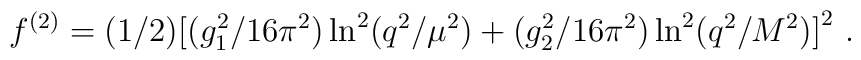
f^{(2)} = (1/2)\big[(g_1^2/16 \pi^2) \ln^2(q^2/ \mu^2) + (g_2^2/16 \pi^2) \ln^2(q^2/ M^2) \big]^2~.